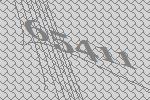
65411